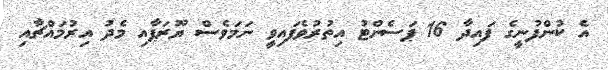
އެ ކުންފުނީގެ ފައިދާ 16 ޕަސެންޓު އިތުރުވެފައިވީ ނަމަވެސް ޔޫރަޕާއި މެދު އިރުމައްޗާއި